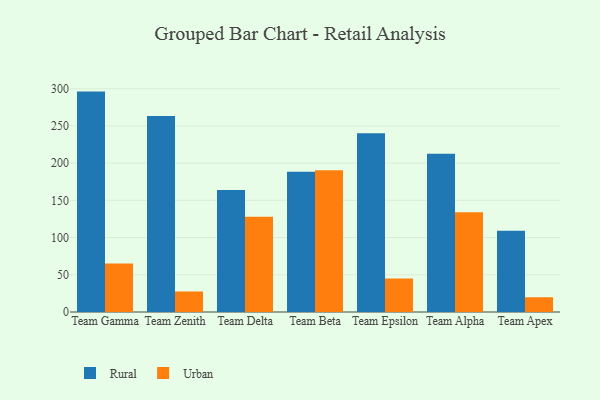
{"axis": {"x": "Team", "y": "Headcount"}, "legend": ["Rural", "Urban"], "data": [{"x": "Team Gamma", "y": 296.1, "type": "Rural"}, {"x": "Team Gamma", "y": 65.0, "type": "Urban"}, {"x": "Team Zenith", "y": 263.2, "type": "Rural"}, {"x": "Team Zenith", "y": 27.6, "type": "Urban"}, {"x": "Team Delta", "y": 164.0, "type": "Rural"}, {"x": "Team Delta", "y": 127.8, "type": "Urban"}, {"x": "Team Beta", "y": 188.5, "type": "Rural"}, {"x": "Team Beta", "y": 190.5, "type": "Urban"}, {"x": "Team Epsilon", "y": 240.3, "type": "Rural"}, {"x": "Team Epsilon", "y": 45.0, "type": "Urban"}, {"x": "Team Alpha", "y": 212.6, "type": "Rural"}, {"x": "Team Alpha", "y": 134.0, "type": "Urban"}, {"x": "Team Apex", "y": 109.2, "type": "Rural"}, {"x": "Team Apex", "y": 19.8, "type": "Urban"}]}